Mental hospitals Bombay report 1929-33 - 1929-1933
Year: 1929
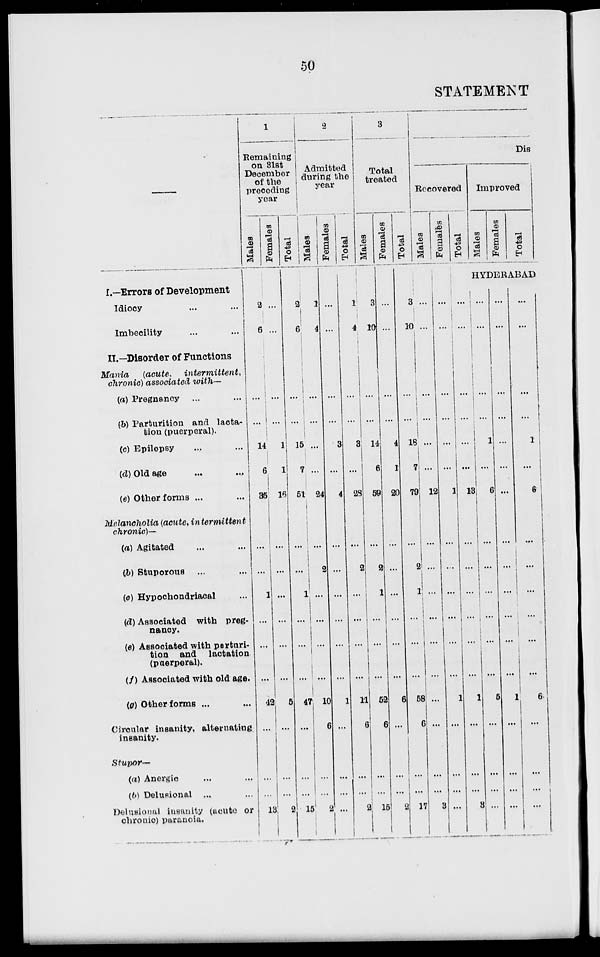
50
STATEMENT
I.—Errors of Development
Idiocy ... ...
Imbecility ... ...
II.—Disorder of Functions
Mania
(acute,
intermittent,
chronic) associated with—
(a) Pregnancy ... ...
(b) Parturition and lacta-
tion (puerperal).
(c) Epilepsy ... ...
(d) Old age ... ...
(e) Other forms ... ...
Melancholia (acute, intermittent
chronic)—
(a) Agitated ... ...
(b) Stuporous ... ...
(c) Hypochondriacal ...
(d) Associated with preg-
nancy.
(e) Associated with parturi-
tion and lactation
(puerperal).
(f) Associated with old age.
(0) Other forms ... ...
Circular insanity, alternating
insanity.
Stupor—
(a) Anergic ... ...
(b) Delusional ... ...
Delusional insanity (acute or
chronic) paranoia.
1
Remaining on 31st December
of the preceding year
Males
2
6
...
...
14
6
35
...
...
1
...
...
...
42
...
...
...
13
Females
...
...
...
...
1
1
16
...
...
...
...
...
...
5
...
...
...
2
Total
2
6
...
...
15
7
51
...
...
1
...
...
...
47
...
...
...
15
2
Admitted
during the
year
Males
1
4
...
...
...
...
24
...
2
...
...
...
...
10
6
...
...
2
Females
...
...
...
...
3
...
4
...
...
...
...
...
...
1
...
...
...
...
Total
1
4
...
...
3
...
23
...
2
...
...
...
...
11
6
...
...
2
3
Total
treated
Males
3
10
...
...
14
6
59
...
2
1
...
...
...
52
6
...
...
15
Females
...
...
...
...
4
1
20
...
...
...
...
...
...
6
...
...
...
2
Total
3
10
...
...
18
7
79
...
2
1
...
...
...
58
6
...
...
17
Dis
Recovered
Males
...
...
...
...
...
...
12
...
...
...
...
...
...
...
...
...
...
3
Females
...
...
...
...
...
...
1
...
...
...
...
...
...
1
...
...
...
...
Total
...
...
...
...
...
...
13
...
...
...
...
...
...
1
...
...
...
3
Improved
Males
Females
Total
HYDERABAD
...
...
...
...
1
...
6
...
...
...
...
...
...
5
...
...
...
...
...
...
...
...
...
...
...
...
...
...
...
...
...
1
...
...
...
...
...
...
...
...
1
...
6
...
...
...
...
...
...
6
...
...
...
...